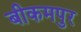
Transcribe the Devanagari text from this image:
बीकमपुर